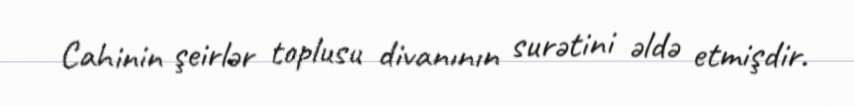
Cahinin şeirlər toplusu divanının surətini əldə etmişdir.